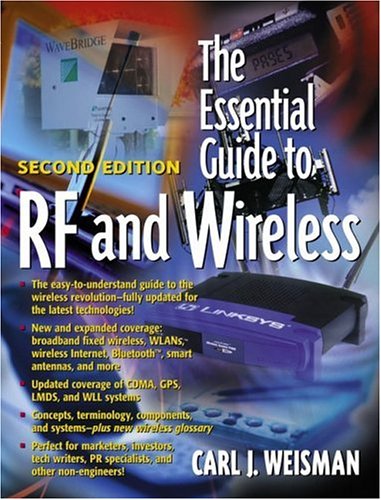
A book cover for The Essential Guide to RF and Wireless (2nd Edition); Carl J. Weisman; Crafts, Hobbies & Home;